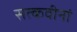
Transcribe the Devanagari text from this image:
सत्कवीनां